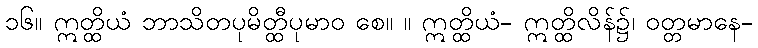
၁၆။ ဣတ္ထိယံ ဘာသိတပုမိတ္ထီပုမာဝ စေ။ ။ ဣတ္ထိယံ- ဣတ္ထိလိန်၌၊ ဝတ္တမာနေ-